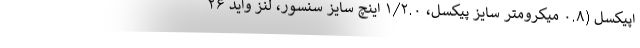
اپیکسل (۰.۸ میکرومتر سایز پیکسل، ۱/۲.۰ اینچ سایز سنسور، لنز واید ۲۶